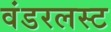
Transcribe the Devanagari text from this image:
वंडरलस्ट